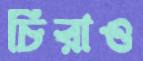
চিরাও